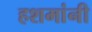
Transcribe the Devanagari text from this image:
हशमांनी